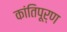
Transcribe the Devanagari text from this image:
कांतिपूर्ण